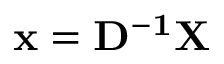
\mathbf { x } = \mathbf { D ^ { - 1 } } \mathbf { X }